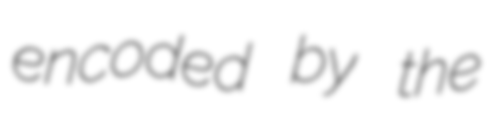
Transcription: encoded by the